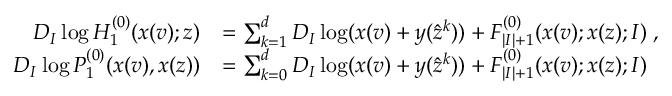
\begin{array} { r l } { D _ { I } \log H _ { 1 } ^ { ( 0 ) } ( x ( v ) ; z ) } & { = \sum _ { k = 1 } ^ { d } D _ { I } \log ( x ( v ) + y ( \hat { z } ^ { k } ) ) + F _ { | I | + 1 } ^ { ( 0 ) } ( x ( v ) ; x ( z ) ; I ) \; , } \\ { D _ { I } \log P _ { 1 } ^ { ( 0 ) } ( x ( v ) , x ( z ) ) } & { = \sum _ { k = 0 } ^ { d } D _ { I } \log ( x ( v ) + y ( \hat { z } ^ { k } ) ) + F _ { | I | + 1 } ^ { ( 0 ) } ( x ( v ) ; x ( z ) ; I ) } \end{array}